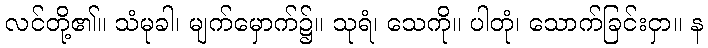
လင်တို့၏။ သံမုခါ၊ မျက်မှောက်၌။ သုရံ၊ သေကို။ ပါတုံ၊ သောက်ခြင်းငှာ။ န